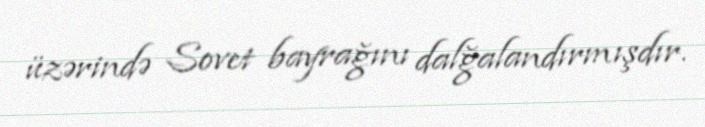
üzərində Sovet bayrağını dalğalandırmışdır.